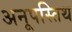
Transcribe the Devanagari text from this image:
अनूपस्तिथ